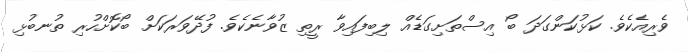
ވެރިއެކެވެ. ކަޅުކަންގަދަ ބޯ އިސްތަށިގަޑެއް ލިބިފައިވާ ރީތި ޒުވާނެކެވެ. ފުދޭވަރަކަށް ބޯކޮށްހުރި ތުނބުޅި